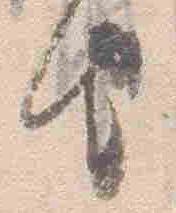
由